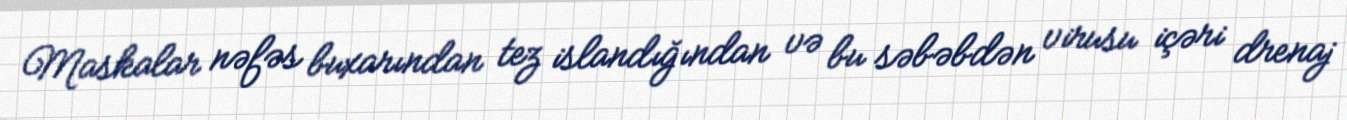
Maskalar nəfəs buxarından tez islandığından və bu səbəbdən virusu içəri drenaj